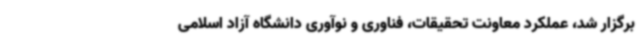
برگزار شد، عملکرد معاونت تحقیقات، فناوری و نوآوری دانشگاه آزاد اسلامی